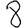
Digit: 8